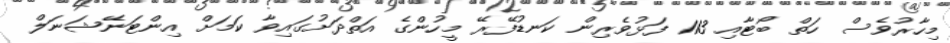
މިހާރުވެސް ހަތް ބޯޓާއި 113 ފަޅުވެރިން ކަނޑުފޭރޭ މީހުންގެ އަތްދަށުގައިވާ ކަމަށް އިންޓަނޭޝަނަލް